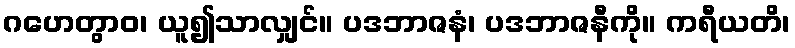
ဂဟေတွာဝ၊ ယူ၍သာလျှင်။ ပဒဘာဇနံ၊ ပဒဘာဇနီကို။ ကရီယတိ၊